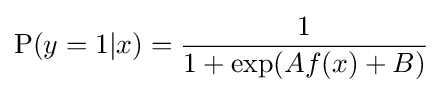
\mathrm {P} (y=1|x)={\frac {1}{1+\exp(Af(x)+B)}}